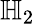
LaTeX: {\mathbb{H}}_{2}